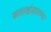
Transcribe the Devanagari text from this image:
कालखंडादरम्या